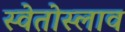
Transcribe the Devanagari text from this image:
स्वेतोस्लाव